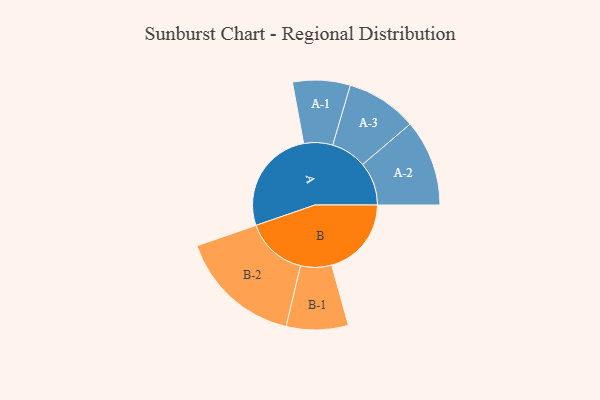
{"axis": {"x": "Segment", "y": "Value"}, "legend": ["", "A", "B"], "data": [{"x": "A", "y": 437, "type": ""}, {"x": "B", "y": 330, "type": ""}, {"x": "A-1", "y": 119, "type": "A"}, {"x": "A-2", "y": 179, "type": "A"}, {"x": "A-3", "y": 147, "type": "A"}, {"x": "B-1", "y": 128, "type": "B"}, {"x": "B-2", "y": 255, "type": "B"}]}